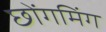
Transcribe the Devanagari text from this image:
छोंगमिंग